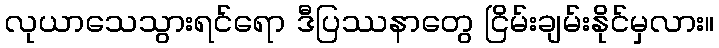
လုယာသေသွားရင်ရော ဒီပြဿနာတွေ ငြိမ်းချမ်းနိုင်မှလား။